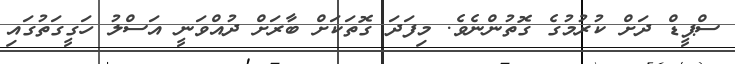
ސްޕީޑް ދަށް ކުރުމުގެ ގޮތުންނެވެ. މިފަދަ ގޮތަކަށް ބާރަށް ދުއްވަނީ އަސްލު ހަގީގަތުގައި